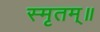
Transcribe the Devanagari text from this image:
स्मृतम्॥